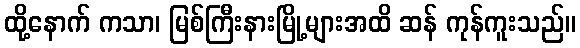
ထို့နောက် ကသာ၊ မြစ်ကြီးနားမြို့များအထိ ဆန် ကုန်ကူးသည်။